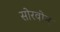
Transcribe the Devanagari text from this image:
सोरवोन